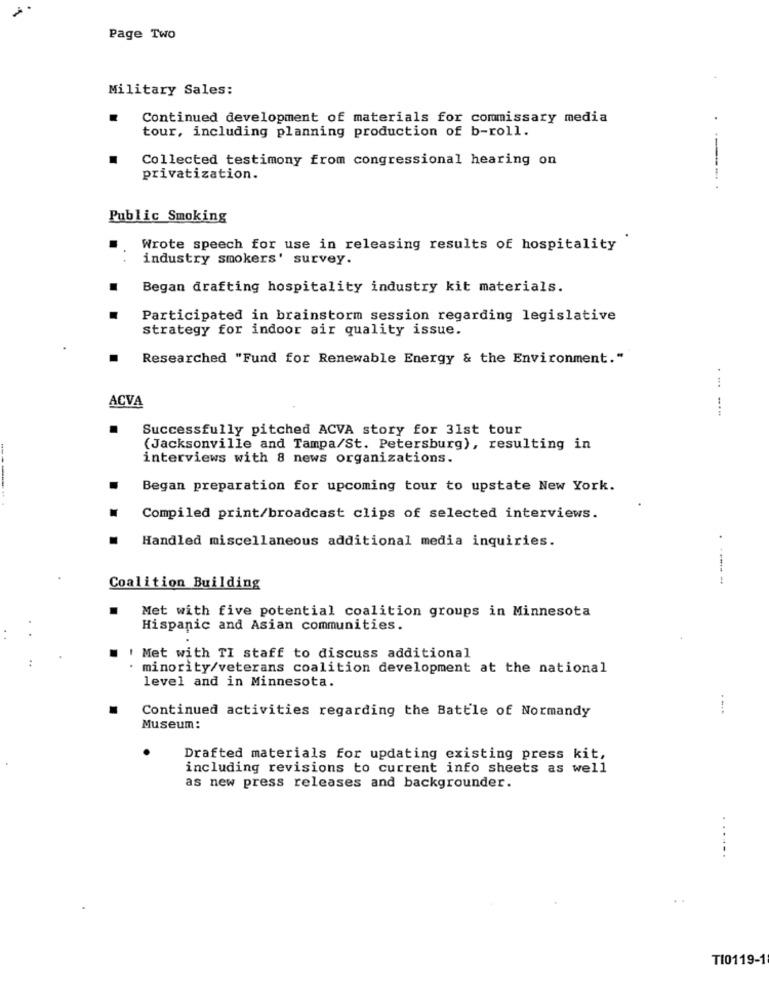
Page Two
Military Sales:
Continued development of materials for commissary media
tour, including planning production of b-roll.
Collected testimony from congressional hearing on
privatization.
Public Smoking
Wrote speech for use in releasing results of hospitality
industry smokers' survey.
Began drafting hospitality industry kit materials.
Participated in brainstorm session regarding legislative
strategy for indoor air quality issue.
Researched "Fund for Renewable Energy & the Environment."
ACVA
...-...
Successfully pitched ACVA story for 31st tour
(Jacksonville and Tampa/St. Petersburg), resulting in
interviews with 8 news organizations.
Began preparation for upcoming tour to upstate New York.
Compiled print/broadcast clips of selected interviews.
Handled miscellaneous additional media inquiries.
Coalition Building
.
Met with five potential coalition groups in Minnesota
Hispanic and Asian communities.
..
I Met with TI staff to discuss additional
· minority/veterans coalition development at the national
level and in Minnesota.
Continued activities regarding the Battle of Normandy
Museum:
Drafted materials for updating existing press kit,
including revisions to current info sheets as well
as new press releases and backgrounder.
......
TI0119-1